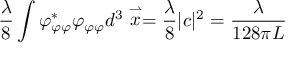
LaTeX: \frac { \lambda } { 8 } \int \varphi _ { \varphi \varphi } ^ { * } \varphi _ { \varphi \varphi } d ^ { 3 } \stackrel { \rightharpoonup } { x } = \frac { \lambda } { 8 } | c | ^ { 2 } = \frac { \lambda } { 1 2 8 \pi L }